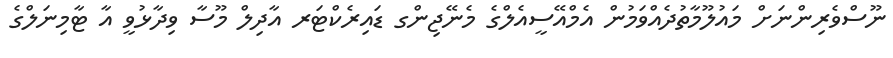
ނޫސްވެރިންނަށް މައުލޫމާތުދެއްވަމުން އެމްއޭސީއެލްގެ މެނޭޖިންގ ޑައިރެކްޓަރ އާދިލް މޫސާ ވިދާޅުވީ އާ ޓާމިނަލްގެ